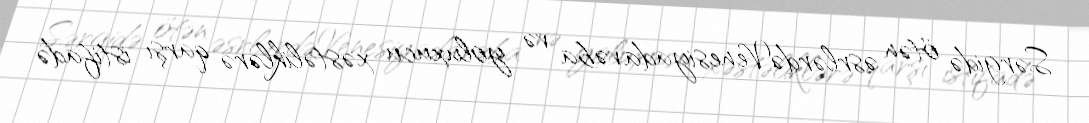
Sərgidə ötən əsrlərdəVenesiyada vəba və yoluxucu xəstəliklərə qarşı istifadə